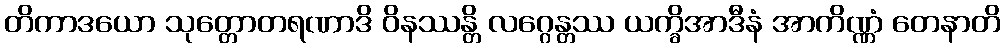
တိကာဒယော သုတ္တောတရဏာဒိ ဝိနဿန္တိ လဂ္ဂေန္တဿ ယက္ခိအာဒီနံ အာကိဏ္ဏံ တေနာတိ